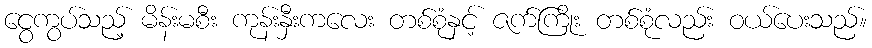
ငွေကွပ်သည့် မိန်းမစီး ကုန်းနှီးကလေး တစ်စုံနှင့် ဇက်ကြိုး တစ်စုံလည်း ဝယ်ပေးသည်။